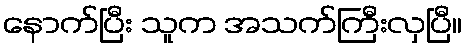
နောက်ပြီး သူက အသက်ကြီးလှပြီ။